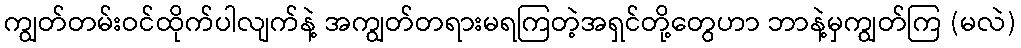
ကျွတ်တမ်းဝင်ထိုက်ပါလျက်နဲ့ အကျွတ်တရားမရကြတဲ့အရှင်တို့တွေဟာ ဘာနဲ့မှကျွတ်ကြ (မလဲ)